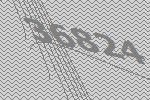
36824